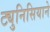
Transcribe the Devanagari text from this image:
ट्युनिसियाने